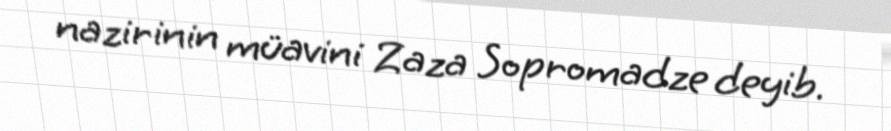
nazirinin müavini Zaza Sopromadze deyib.